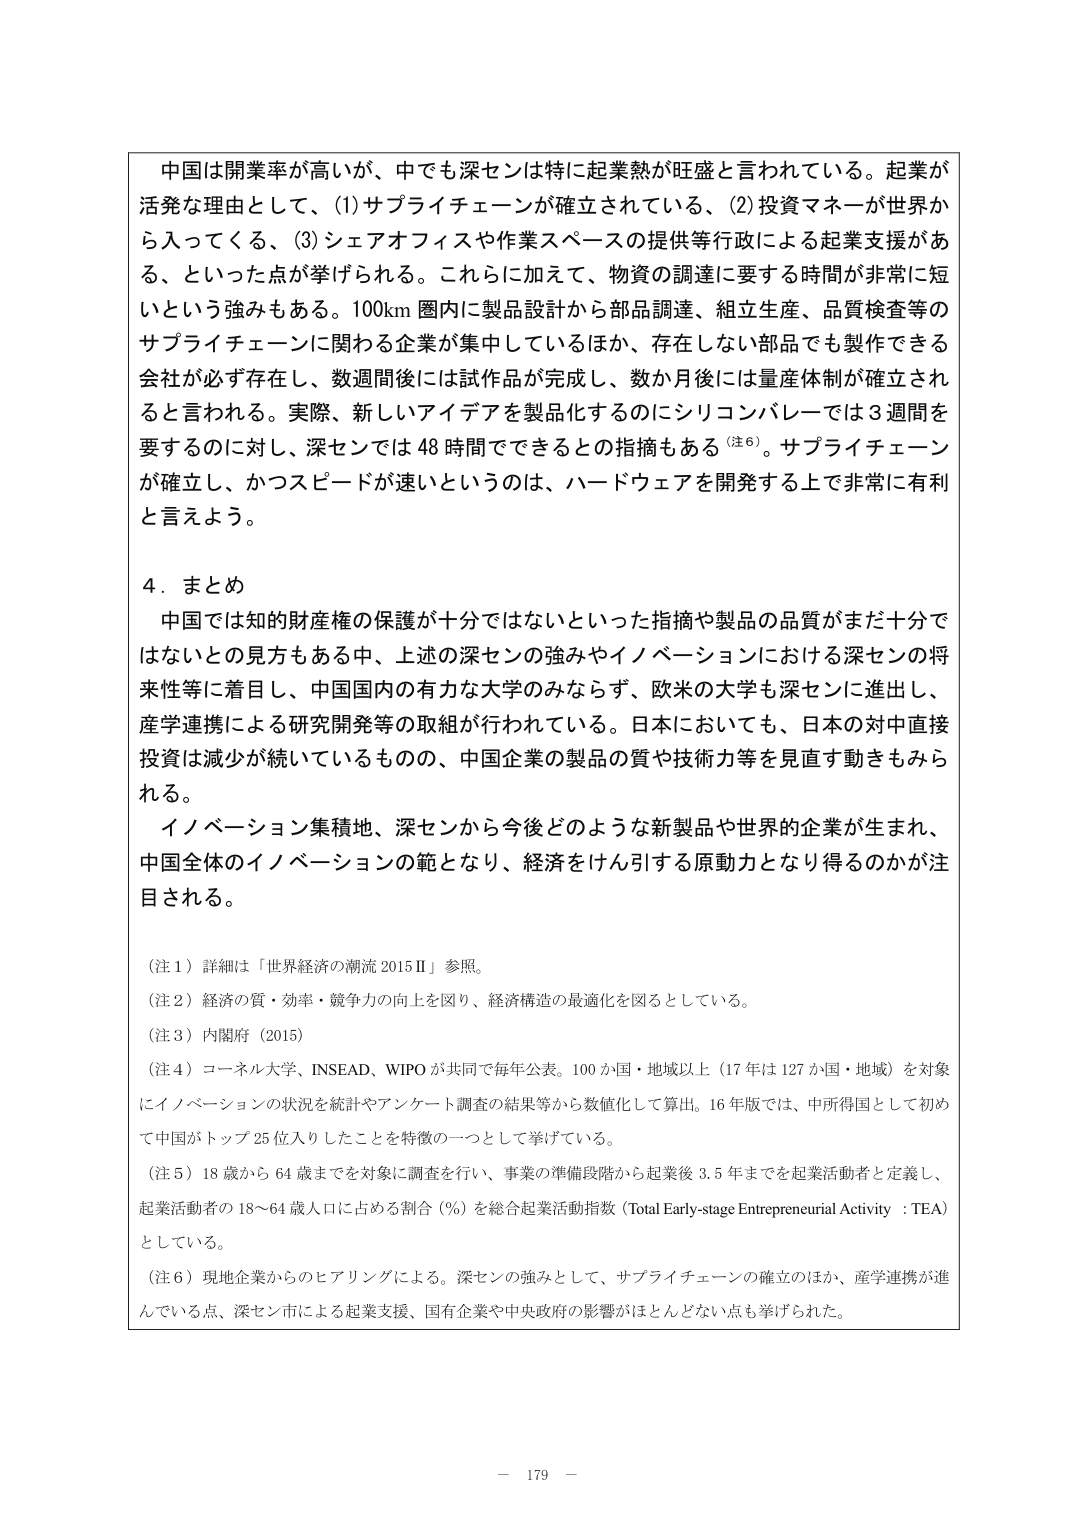
中国は開業率が高いが、中でも深センは特に起業熱が旺盛と言われている。起業が活発な理由として、(1)サプライチェーンが確立されている、(2)投資マネーが世界から入ってくる、(3)シェアオフィスや作業スペースの提供等行政による起業支援がある、といった点が挙げられる。これらに加えて、物資の調達に要する時間が非常に短いという強みもある。100km 圏内に製品設計から部品調達、組立生産、品質検査等のサプライチェーンに関わる企業が集中しているほか、存在しない部品でも製作できる会社が必ず存在し、数週間後には試作品が完成し、数か月後には量産体制が確立されると言われる。実際、新しいアイデアを製品化するのにシリコンバレーでは3週間を要するのに対し、深センでは48時間でできるとの指摘もある（注6）。サプライチェーンが確立し、かつスピードが速いというのは、ハードウェアを開発する上で非常に有利と言えよう。

4．まとめ

中国では知的財産権の保護が十分ではないといった指摘や製品の品質がまだ十分ではないとの見方もある中、上述の深センの強みやイノベーションにおける深センの将来性等に着目し、中国国内の有力な大学のみならず、欧米の大学も深センに進出し、産学連携による研究開発等の取組が行われている。日本においても、日本の対中直接投資は減少が続いているものの、中国企業の製品の質や技術力等を見直す動きもみられる。

イノベーション集積地、深センから今後どのような新製品や世界の企業が生まれ、中国全体のイノベーションの範となり、経済をけん引する原動力となり得るのかが注目される。

（注1）詳細は「世界経済の潮流2015Ⅱ」参照。

（注2）経済の質・効率・競争力の向上を図り、経済構造の最適化を図るとしている。

（注3）内閣府（2015）

（注4）コーネル大学、INSEAD、WIPOが共同で毎年公表。100か国・地域以上（17年は127か国・地域）を対象にイノベーションの状況を統計やアンケート調査の結果等から数値化して算出。16年版では、中所得国として初めて中国がトップ25位入りしたことを特徴の一つとして挙げている。

（注5）18歳から64歳までを対象に調査を行い、事業の準備段階から起業後3.5年までを起業活動者と定義し、起業活動者の18～64歳人口に占める割合（％）を総合起業活動指数（Total Early-stage Entrepreneurial Activity：TEA）としている。

（注6）現地企業からのヒアリングによる。深センの強みとして、サプライチェーンの確立のほか、産学連携が進んでいる点、深セン市による起業支援、国有企業や中央政府の影響がほとんどない点も挙げられた。

－ 179 －